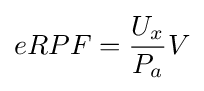
eRPF={\frac {U_{x}}{P_{a}}}V